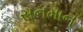
સનમાન